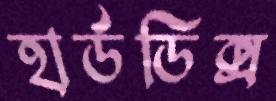
হার্ডডিক্স